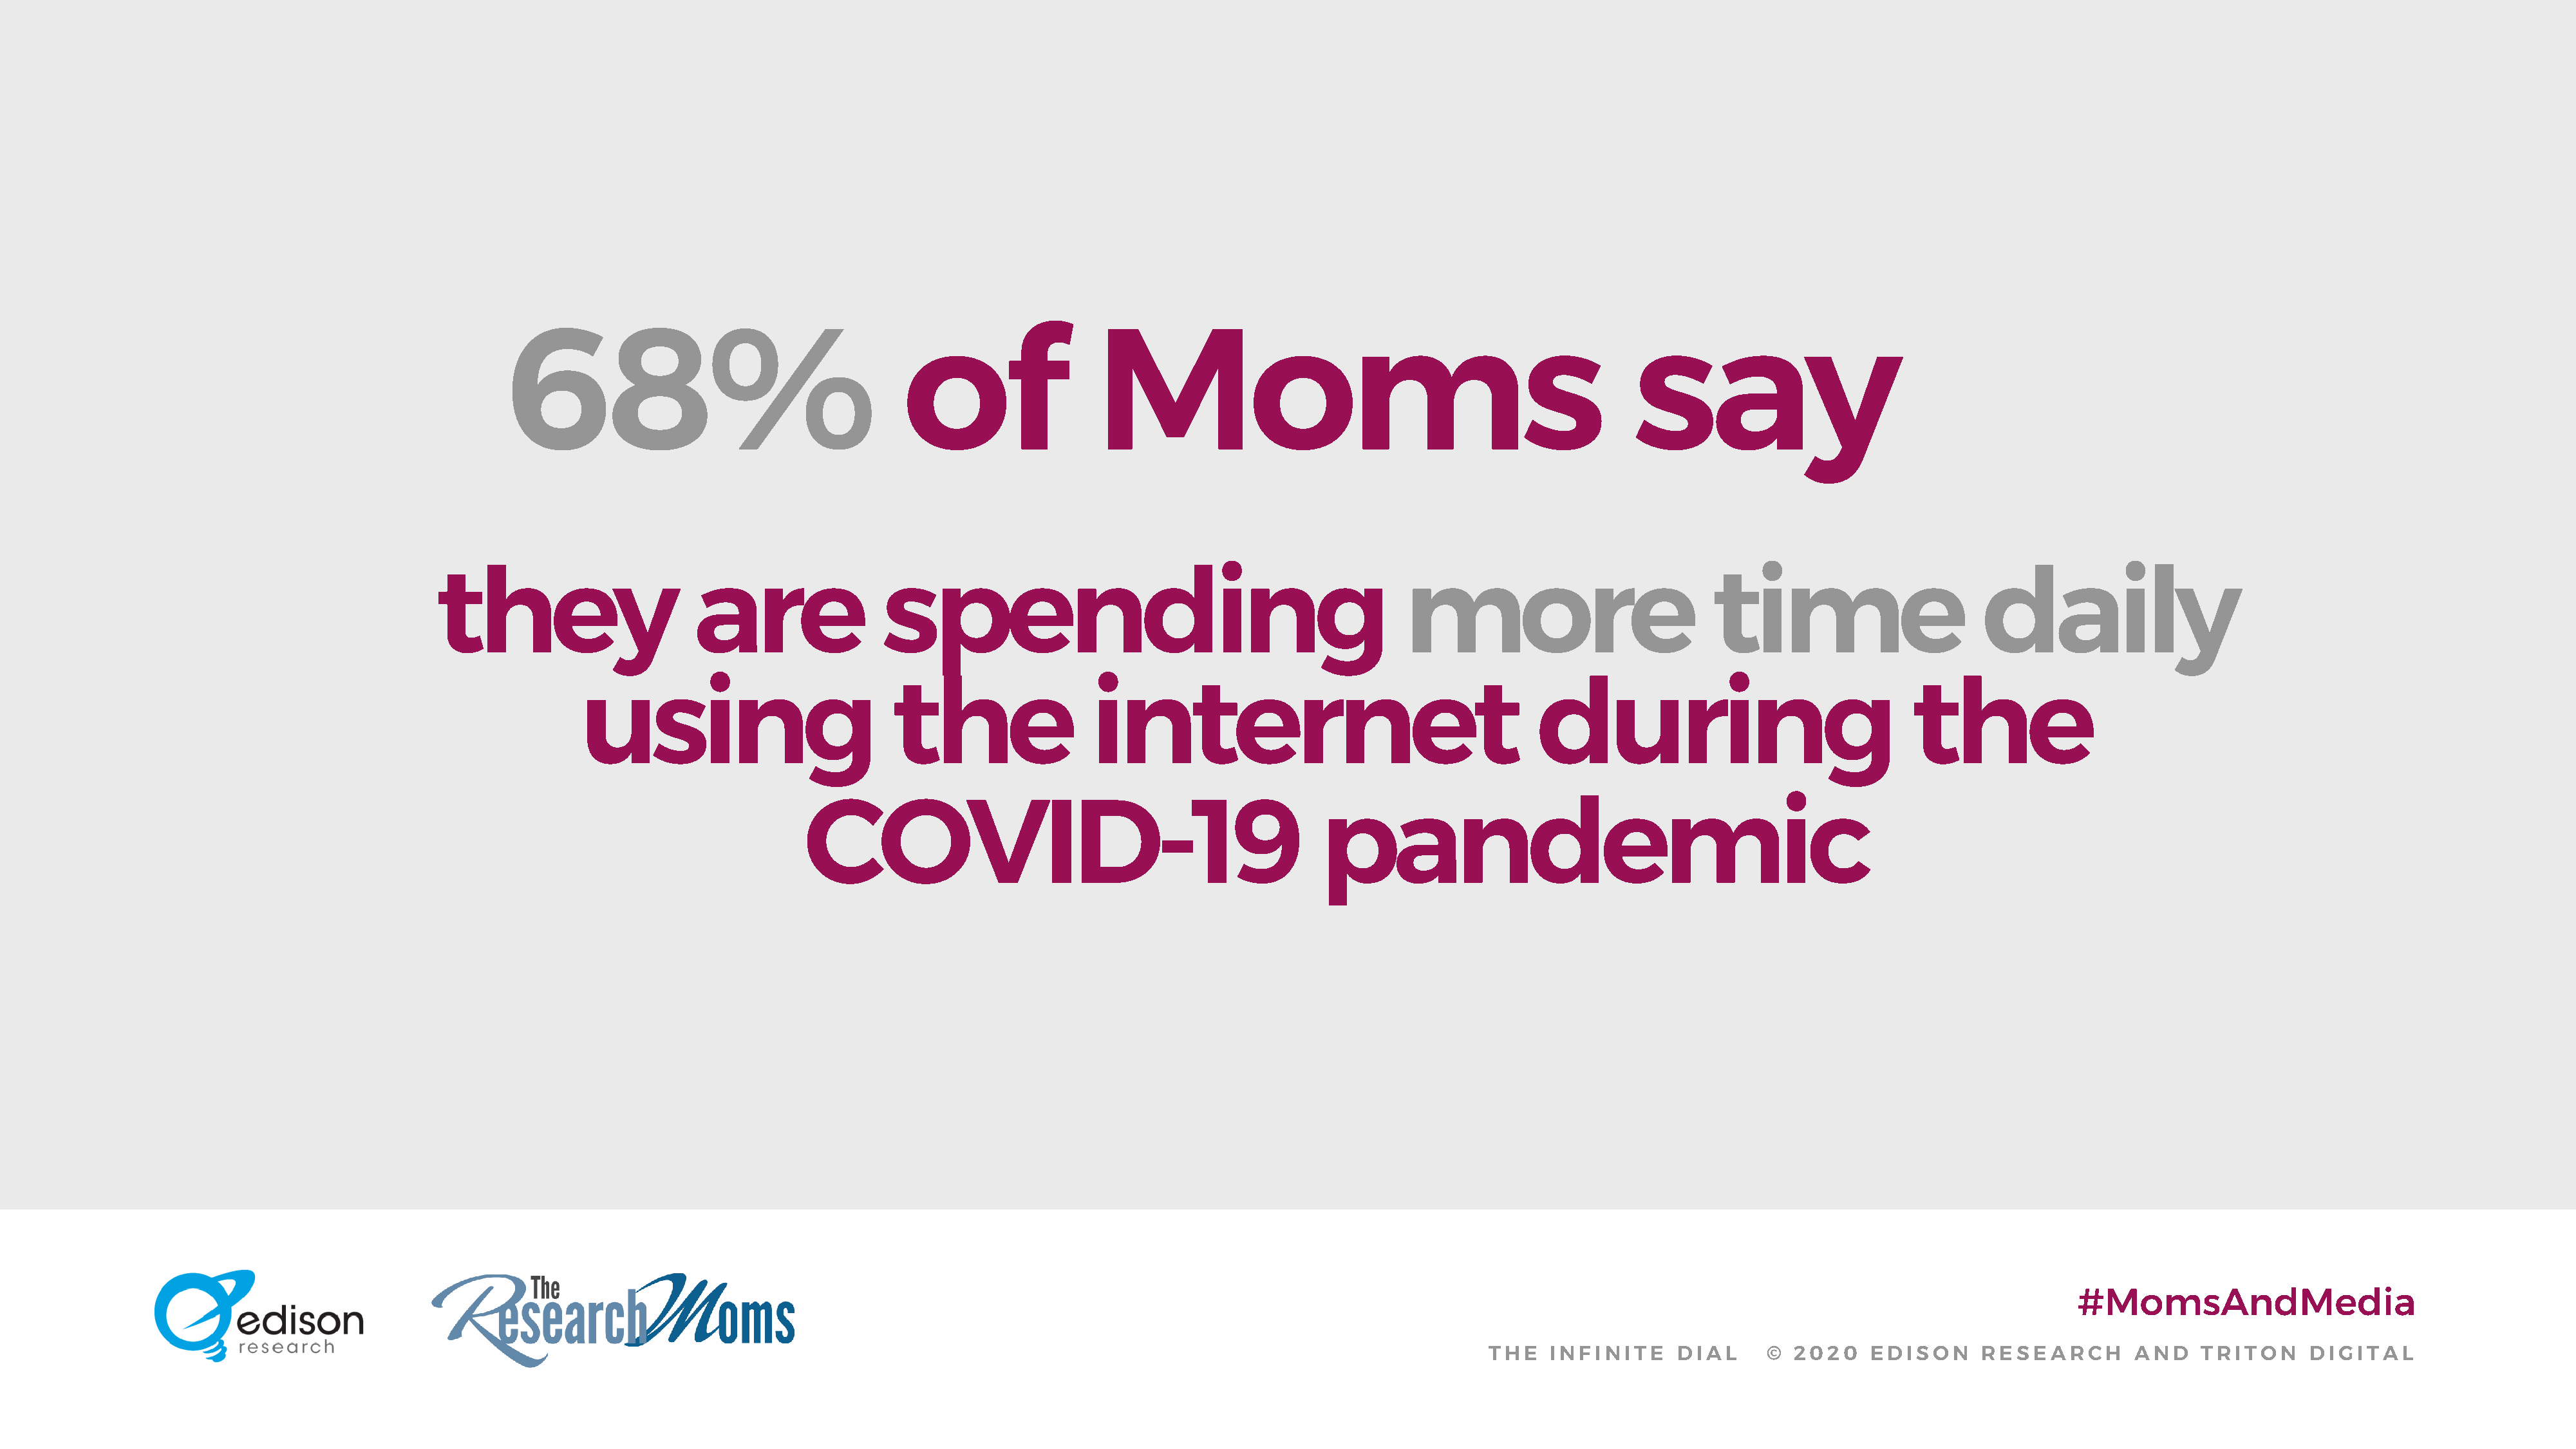
68%                                      of                  Moms                                                   say
 they                      are                 spending                                             more                            time                        daily
 using                           the                 internet                                      during                                 the
 COVID-19                                             pandemic
 #MomsAndMedia
 THE   INFINITE     DIAL      © 2020    EDISON      RESEARCH       AND    TRITON     DIGITAL